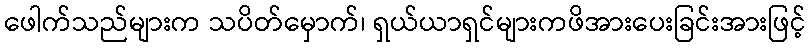
ဖေါက်သည်များက သပိတ်မှောက်၊ ရှယ်ယာရှင်များကဖိအားပေးခြင်းအားဖြင့်